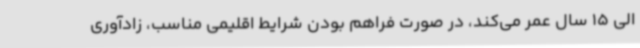
الی 15 سال عمر می‌کند، در صورت فراهم بودن شرایط اقلیمی مناسب، زادآوری